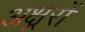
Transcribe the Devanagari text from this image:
अक्ष्ररों